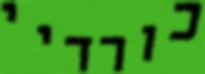
כורדיי